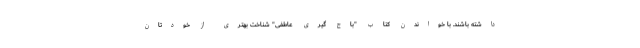
داشته باشند. با خواندن کتاب "باج گیری عاطفی" شناخت بهتری از خودتان